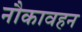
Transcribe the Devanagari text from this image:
नौकावहन